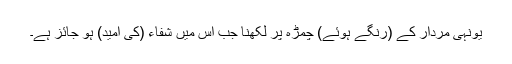
یونہی مردار کے (رنگے ہوئے) چمڑہ پر لکھنا جب اس میں شفاء (کی امید) ہو جائز ہے۔